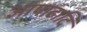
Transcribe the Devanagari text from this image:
आषाढादि